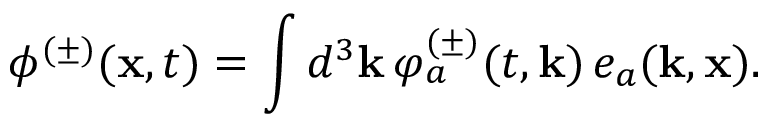
\phi ^ { ( \pm ) } ( { \bf x } , t ) = \int d ^ { 3 } { \bf k } \, \varphi _ { a } ^ { ( \pm ) } ( t , { \bf k } ) \, e _ { a } ( { \bf k } , { \bf x } ) .